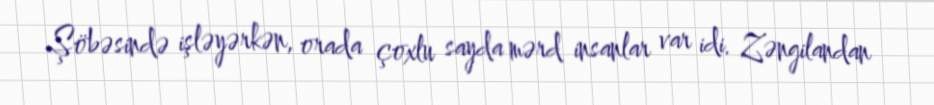
Şöbəsində işləyərkən, orada çoxlu sayda mərd insanlar var idi. Zəngilandan